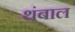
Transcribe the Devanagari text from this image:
थंबाल